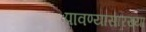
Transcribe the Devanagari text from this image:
पावण्यासारख्या